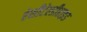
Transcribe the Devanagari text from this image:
ऐसीटेल्डीहाइड